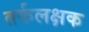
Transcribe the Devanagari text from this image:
तर्कलक्षक